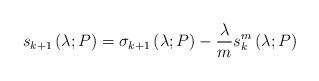
LaTeX: \begin{align*} s_{k+1}\left(\lambda;P\right) = \sigma_{k+1}\left(\lambda;P\right) - \frac{\lambda}{m}s_k^m\left(\lambda;P\right) \end{align*}